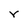
Character: r